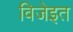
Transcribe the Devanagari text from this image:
विजेइत